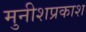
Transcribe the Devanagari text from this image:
मुनीशप्रकाश